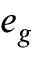
e _ { g }